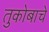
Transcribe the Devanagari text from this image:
तुकोबाचे